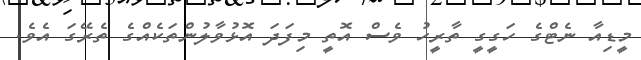
މީޑިއާ ނެޓްގެ ހަގީގީ ތާރީހު ވެސް އޮތީ މިފަދަ އޮޅުވާލުންތަކެއްގެ ތެރޭގަ އެވެ.